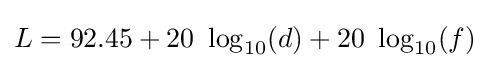
L=92.45+20\ \log _{10}(d)+20\ \log _{10}(f)